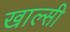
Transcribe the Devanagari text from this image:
खाल्सी